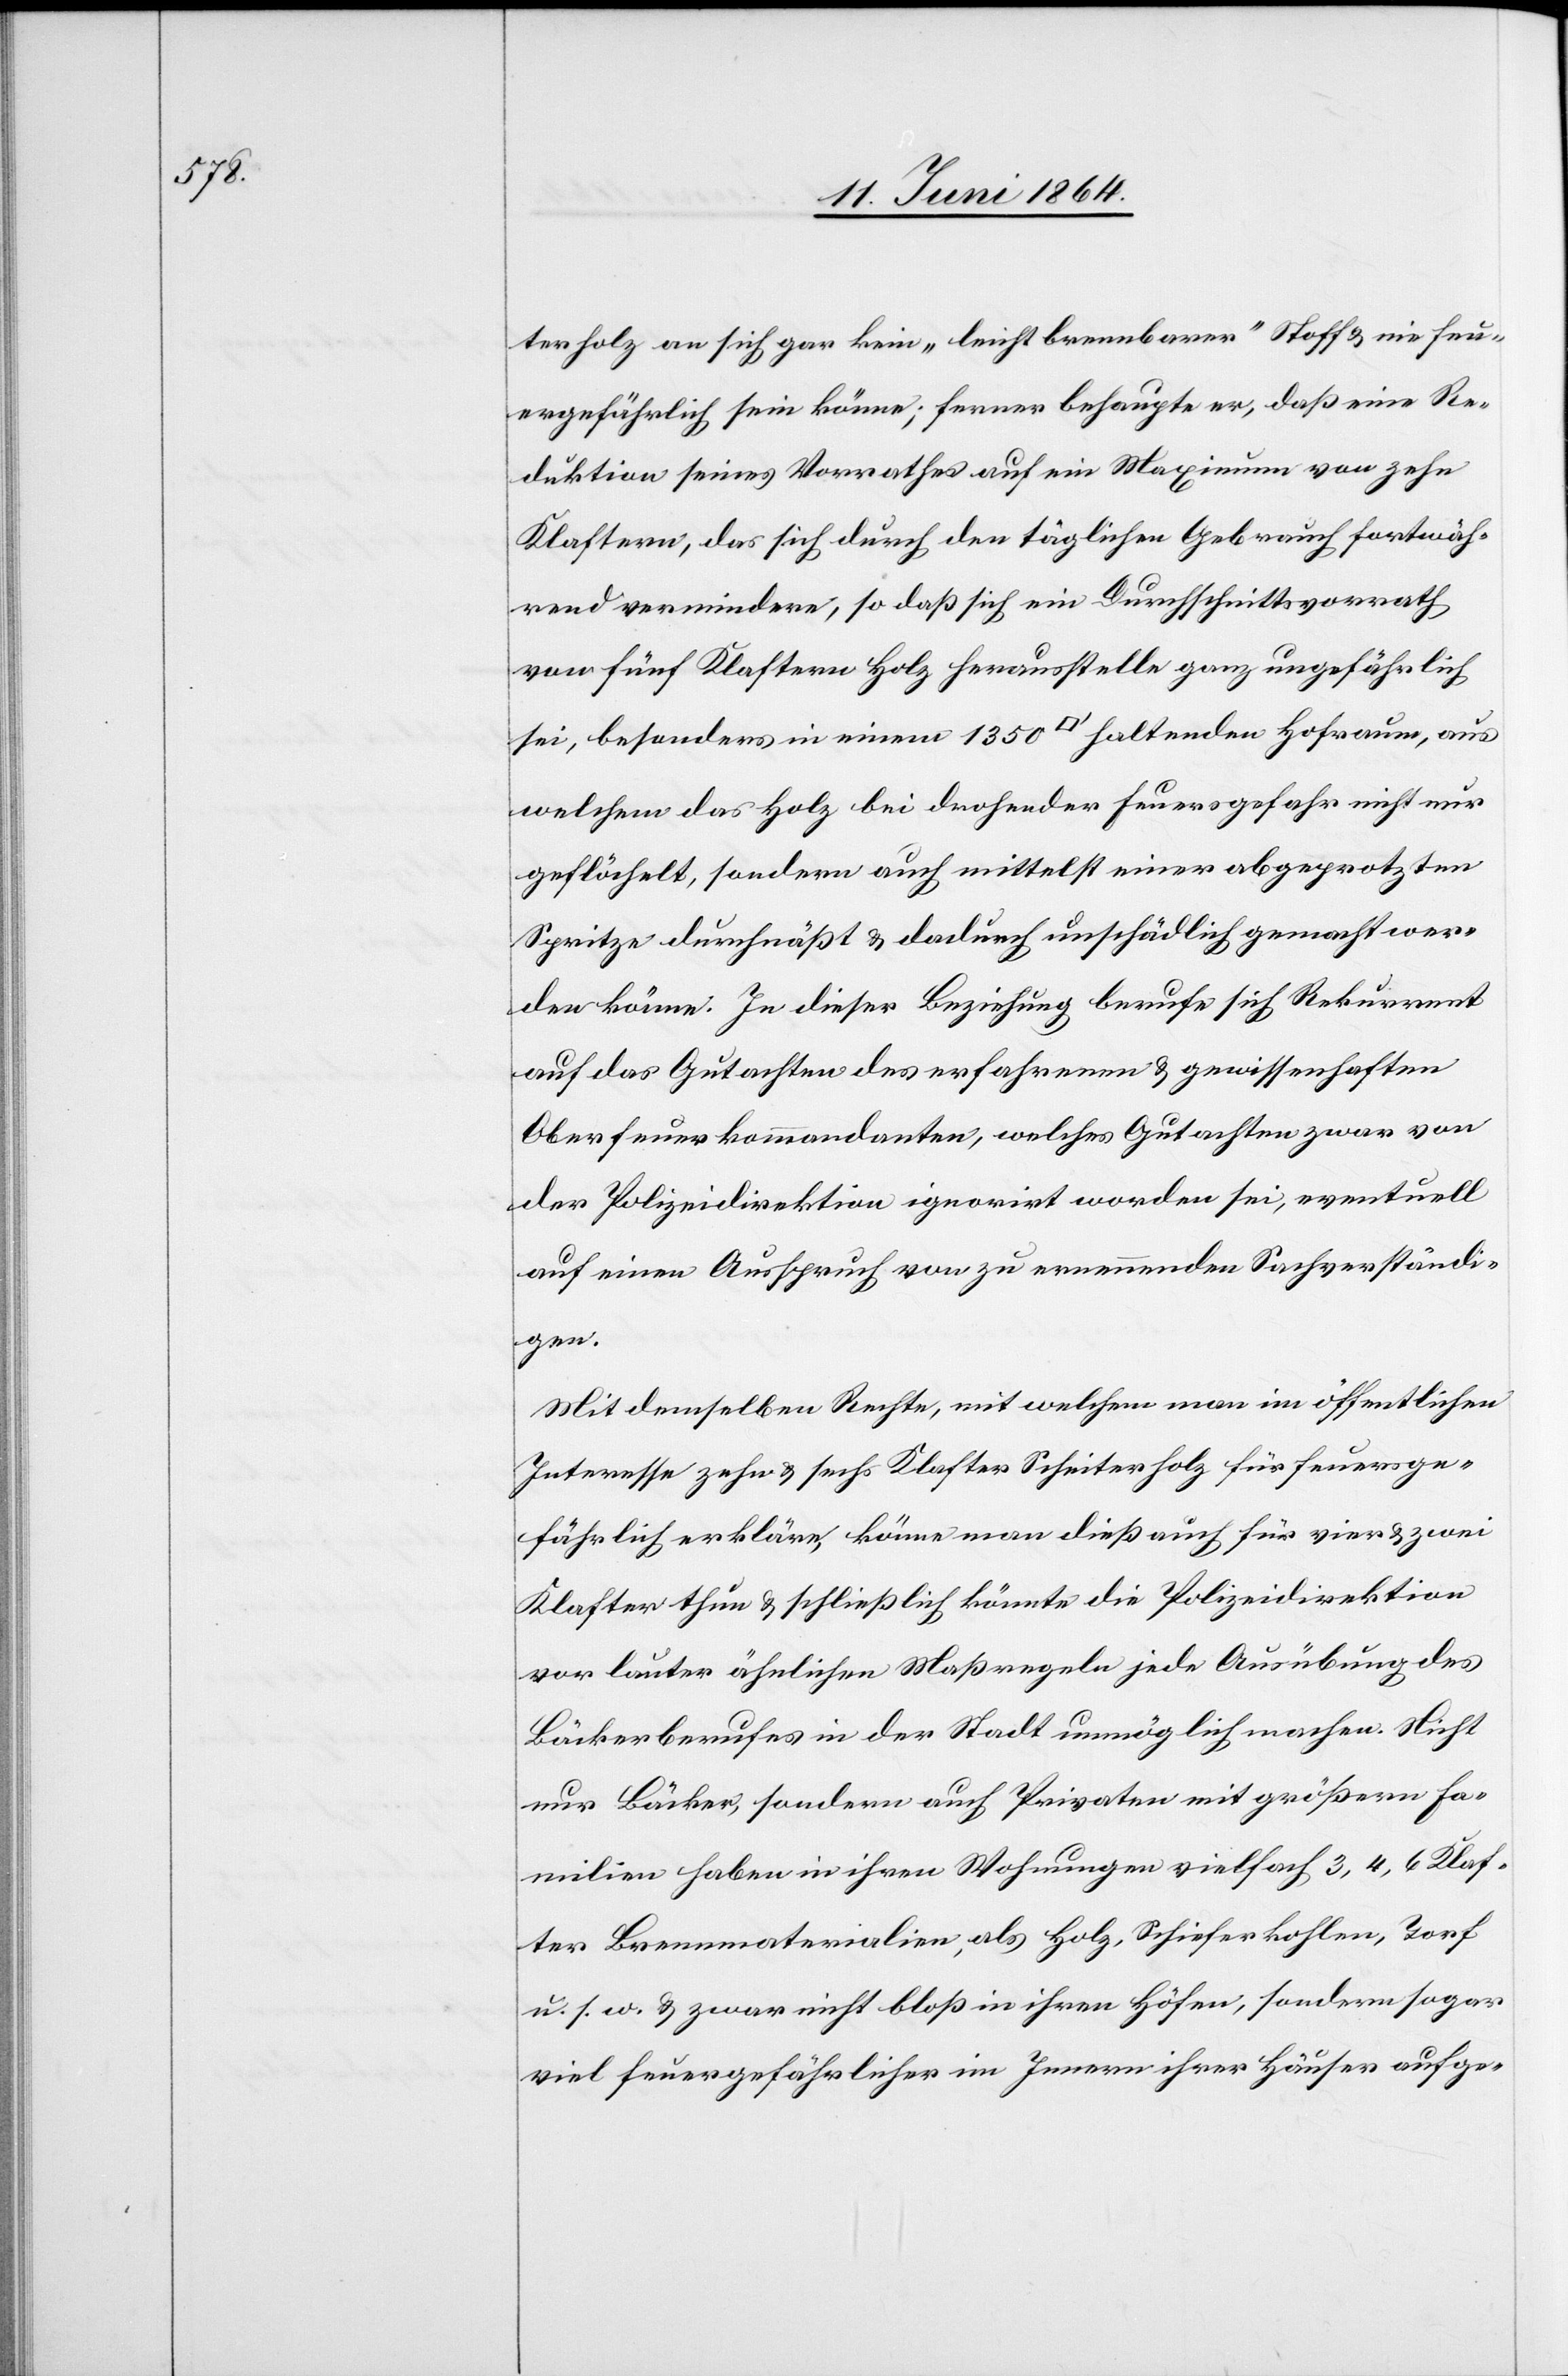
terholz an sich gar kein „leicht brennbarer“ Stoff u. nie feu¬
ergefährlich sein könne; ferner behaupte er, daß eine Re¬
duktion seines Vorrathes auf ein Maximum von zehn
Klaftern, das sich durch den täglichen Gebrauch fortwäh¬
rend vermindere, so daß sich ein Durchschnittsvorrath
von fünf Klaftern Holz herausstelle ganz ungefährlich
sei, besonders in einem 1350 [Quadratfuss] haltenden Hofraum, aus
welchem das Holz bei drohender Feuersgefahr nicht nur
geflöchelt, sondern auch mittelst einer abgeprotzten
Spritze durchnäßt u. dadurch unschädlich gemacht wer¬
den könne. In dieser Beziehung berufe sich Rekurrent
auf das Gutachten des erfahrenen u. gewissenhaften
Oberfeuerkommandanten, welches Gutachten zwar von
der Polizeidirektion ignorirt worden sei, eventuell
auf einen Ausspruch von zu ernennenden Sachverständi¬
gen.
Mit demselben Rechte, mit welchem man im öffentlichen
Interesse zehn u. sechs Klafter Scheiterholz für feuerge¬
fährlich erkläre, könne man dieß auch für vier u. zwei
Klafter thun u. schließlich könnte die Polizeidirektion
vor lauter ähnlichen Maßregeln jede Ausübung des
Bäckerberufes in der Stadt unmöglich machen. Nicht
nur Bäcker, sondern auch Privaten [sic!] mit größern Fa¬
milien haben in ihren Wohnungen vielfach 3, 4, 6 Klaf¬
ter Brennmaterialien, als Holz, Schieferkohlen, Torf
u. s. w. u. zwar nicht bloß in ihren Höfen, sondern sogar
viel feuergefährlicher im Innern ihrer Häuser aufge-